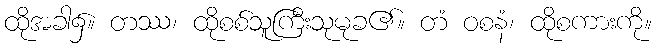
ထိုအခါ၌။ တဿ၊ ထိုစစ်သူကြီးသုမုခ၏။ တံ ဝစနံ၊ ထိုစကားကို။